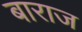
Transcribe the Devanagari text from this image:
बाराज